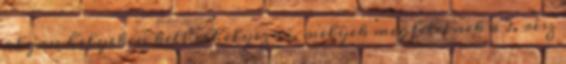
olyan helyeken kell elhelyezni, melyek megfelelnek a 2. rész